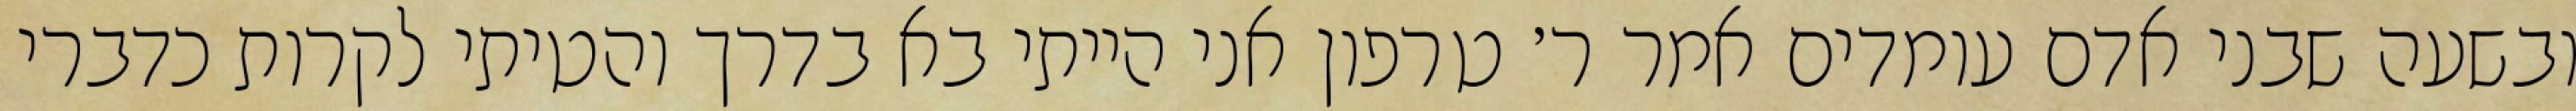
ובשעה שבני אדם עומדים אמר ר׳ טרפון אני הייתי בא בדרך והטיתי לקרות כדברי